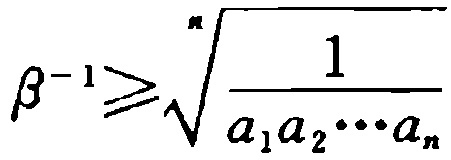
\(\beta^{-1}\geqslant\sqrt[n]{\frac{1}{a_{1}a_{2}\cdots a_{n}}}\)